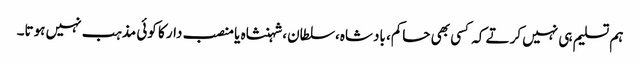
ہم تسلیم ہی نہیں کرتے کہ کسی بھی حاکم، بادشاہ،سلطان،شہنشاہ یا منصب دار کا کوئی مذہب نہیں ہوتا۔